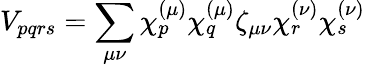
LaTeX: V_{pqrs}=\sum_{\mu\nu}\chi_{p}^{(\mu)}\chi_{q}^{(\mu)}\zeta_{\mu\nu}\chi_{r}^{(\nu)}\chi_{s}^{(\nu)}